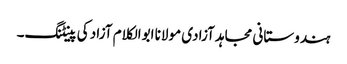
ہندوستانی مجاہد آزادی مولانا ابوالکلام آزاد کی پینٹنگ۔